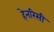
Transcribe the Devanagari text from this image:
हेनरिसी